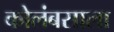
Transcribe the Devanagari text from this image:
कोलंबसाला